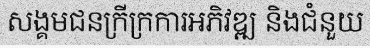
សង្គមជនក្រីក្រការអភិវឌ្ឍ និងជំនួយ